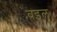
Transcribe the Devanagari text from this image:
बइल